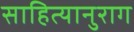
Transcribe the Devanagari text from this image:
साहित्यानुराग